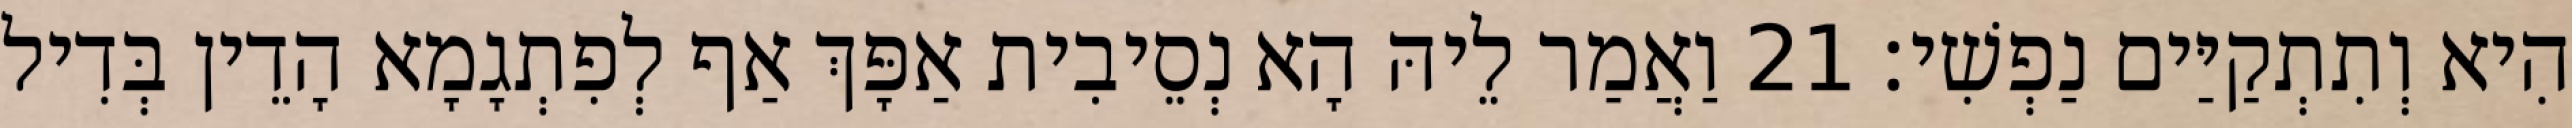
הִיא וְתִתְקַיַּים נַפְשִׁי׃ 21 וַאֲמַר לֵיהּ הָא נְסֵיבִית אַפָּךְ אַף לְפִתְגָמָא הָדֵין בְּדִיל